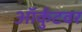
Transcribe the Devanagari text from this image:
ऑर्कुटवर